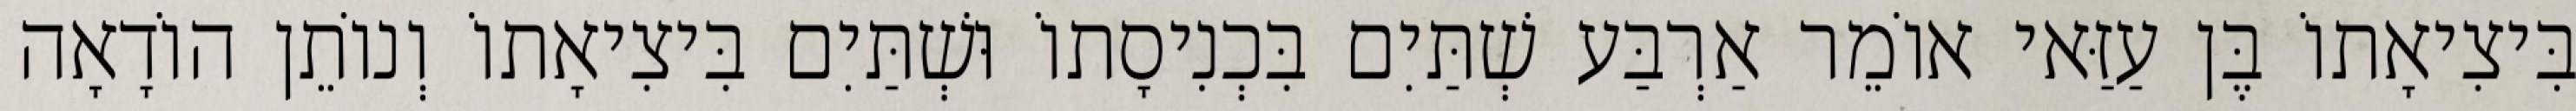
בִּיצִיאָתוֹ בֶּן עַזַּאי אוֹמֵר אַרְבַּע שְׁתַּיִם בִּכְנִיסָתוֹ וּשְׁתַּיִם בִּיצִיאָתוֹ וְנוֹתֵן הוֹדָאָה